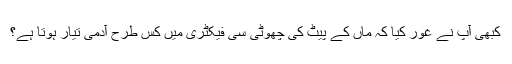
کبھی آپ نے غور کیا کہ ماں کے پیٹ کی چھوٹی سی فیکٹری میں کس طرح آدمی تیار ہوتا ہے؟